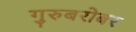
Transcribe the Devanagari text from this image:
गुरुबरोबर